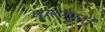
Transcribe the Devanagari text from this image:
धारणेपुरते